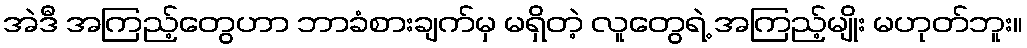
အဲဒီ အကြည့်တွေဟာ ဘာခံစားချက်မှ မရှိတဲ့ လူတွေရဲ့ အကြည့်မျိုး မဟုတ်ဘူး။